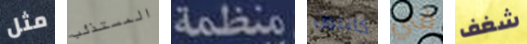
مثل المستذئب منظمة كانتون في شغف